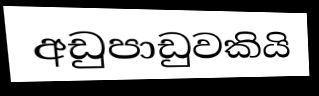
අඩුපාඩුවකියි